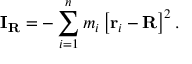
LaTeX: \mathbf { I } _ { \mathbf { R } } = - \sum _ { i = 1 } ^ { n } m _ { i } \left[ \mathbf { r } _ { i } - \mathbf { R } \right] ^ { 2 } .